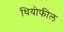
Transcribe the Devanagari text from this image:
थियोफील